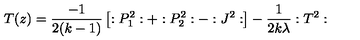
T ( z ) = \frac { - 1 } { 2 ( k - 1 ) } \left[ : P _ { 1 } ^ { 2 } : + : P _ { 2 } ^ { 2 } : - : J ^ { 2 } : \right] - \frac 1 { 2 k \lambda } : T ^ { 2 } :